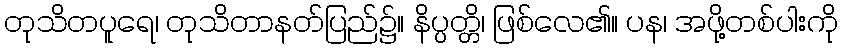
တုသိတပူရေ၊ တုသိတာနတ်ပြည်၌။ နိပ္ပတ္တိ၊ ဖြစ်လေ၏။ ပန၊ အဖို့တစ်ပါးကို